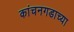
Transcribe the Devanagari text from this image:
कांचनगडाच्या